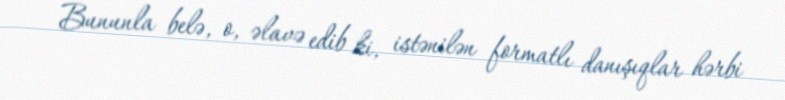
Bununla belə, o, əlavə edib ki, istənilən formatlı danışıqlar hərbi